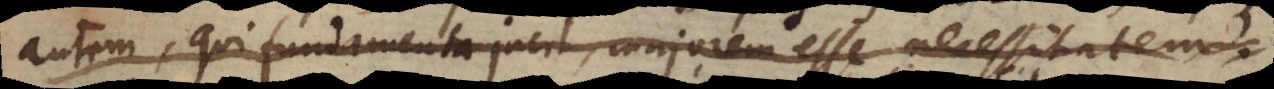
quidem, qui fundamenta jacit majorem esse necessitatem,